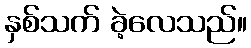
နှစ်သက် ခဲ့လေသည်။